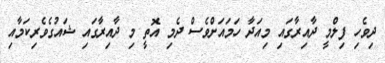
ދިވެހި ފިލްމީ ދާއިރާގައި މިއަދާ ހަމައަށްވެސް ދެމި އޮތީ މި ދާއިރާގައި ޝައުގެވެރިކަމާއި